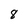
Character: 8